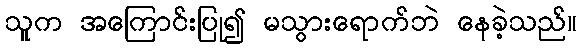
သူက အကြောင်းပြု၍ မသွားရောက်ဘဲ နေခဲ့သည်။